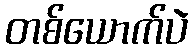
တစ်ယောက်ပဲ